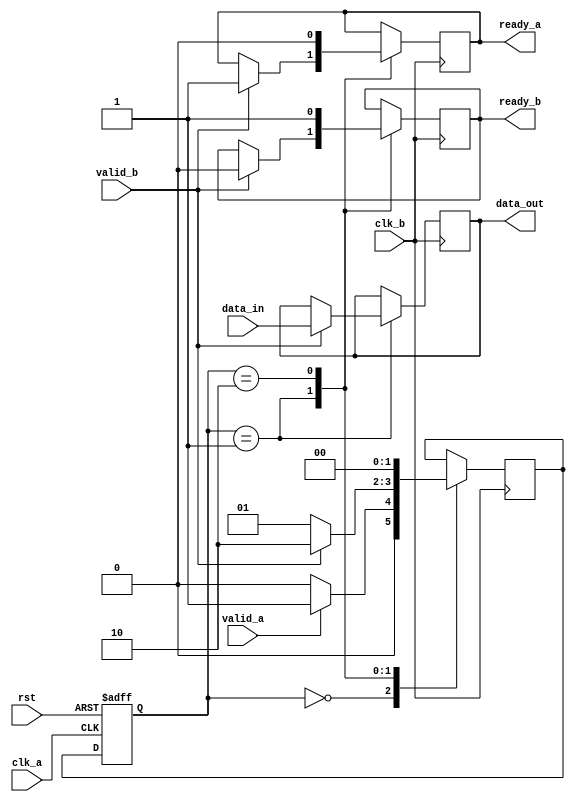
module synchronizer (
    input wire clk_a,
    input wire clk_b,
    input wire rst,
    input wire data_in,
    output reg data_out,
    output reg ready_a,
    output reg ready_b,
    input wire valid_a,
    input wire valid_b
);

reg [1:0] state;
reg [1:0] next_state;

always @(posedge clk_a or posedge rst) begin
    if (rst) begin
        state <= 2'b00;
    end else begin
        state <= next_state;
    end
end

always @(posedge clk_b) begin
    case (state)
        2'b00: begin // Idle state
            if (valid_a) begin
                next_state <= 2'b01;
            end else begin
                next_state <= 2'b00;
            end
        end
        2'b01: begin // Valid data received in clk_a domain
            if (valid_b) begin
                data_out <= data_in;
                ready_a <= 1'b1;
                ready_b <= 1'b0;
                next_state <= 2'b10;
            end else begin
                next_state <= 2'b01;
            end
        end
        2'b10: begin // Valid data forwarded to clk_b domain
            ready_a <= 1'b0;
            ready_b <= 1'b1;
            next_state <= 2'b00;
        end
    endcase
end

endmodule